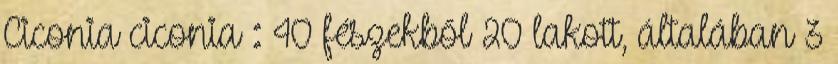
Ciconia ciconia : 40 fészekből 20 lakott, általában 3